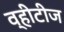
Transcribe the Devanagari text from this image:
व्हीटीज